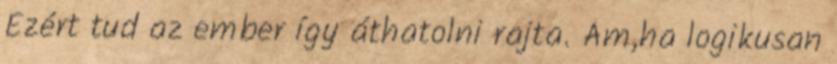
Ezért tud az ember így áthatolni rajta. Ám,ha logikusan